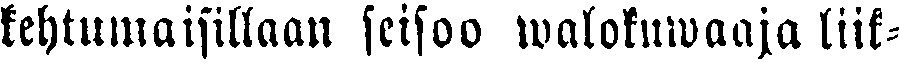
kehtumaisillaan seisoo walokuwaaja liik-